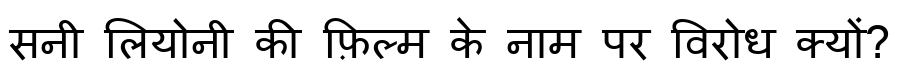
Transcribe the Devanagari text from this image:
सनी लियोनी की फ़िल्म के नाम पर विरोध क्यों?